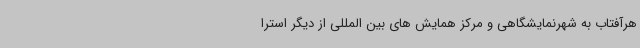
هرآفتاب به شهرنمایشگاهی و مرکز همایش های بین المللی از دیگر استرا